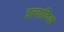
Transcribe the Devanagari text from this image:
इत्यादिक